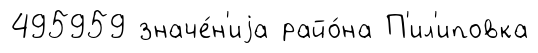
495959 значе́н'иjа райо́на П'ил'иповка